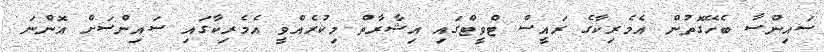
ސައިންސާ ބެހޭގޮތުން އެމެރިކާގެ ރައީސް ޓްވީޓްގައި އިޝާރާތް މިކުރެއްވީ އެމެރިކާގައި ސައިންސަށް އޮންނަ